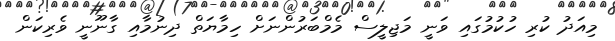
މިއަދު ކުރި ހުކުމުގައި ވަނީ މަޖިލީސް މެމްބަރުންނަށް ހިމާޔަތް ދިނުމާއި ގާނޫނީ ވެރިކަން